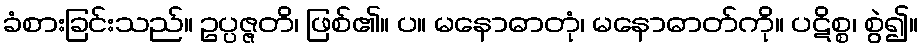
ခံစားခြင်းသည်။ ဥပ္ပဇ္ဇတိ၊ ဖြစ်၏။ ပ။ မနောဓာတုံ၊ မနောဓာတ်ကို။ ပဋိစ္စ၊ စွဲ၍။